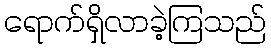
ရောက်ရှိလာခဲ့ကြသည်